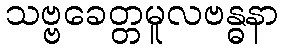
သဗ္ဗခေတ္တမူလဗန္ဓနာ